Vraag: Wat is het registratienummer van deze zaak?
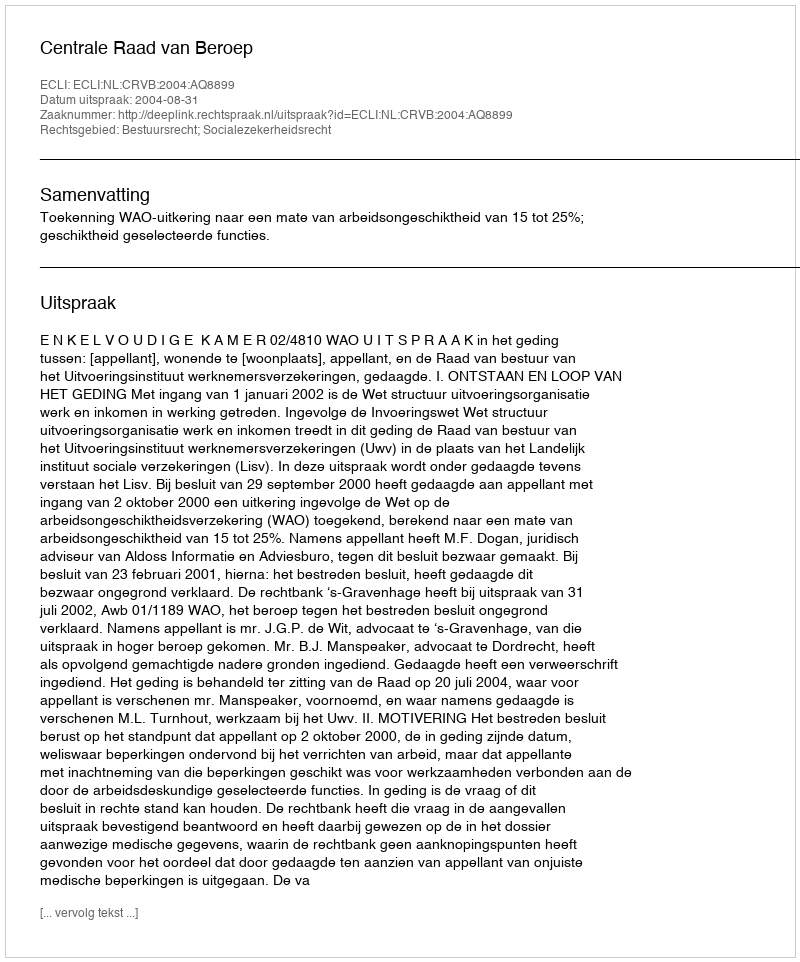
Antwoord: http://deeplink.rechtspraak.nl/uitspraak?id=ECLI:NL:CRVB:2004:AQ8899